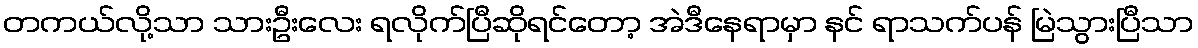
တကယ်လို့သာ သားဦးလေး ရလိုက်ပြီဆိုရင်တော့ အဲဒီနေရာမှာ နင် ရာသက်ပန် မြဲသွားပြီသာ